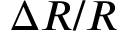
\Delta R / R